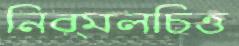
নির্মলচিত্ত